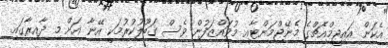
އެކަން އައިޖީމްއެޗްގެ މެނޭޖްމަންޓާއި މުވައްޒަފުން ވެސް ގަބޫލުކުރުމަކީ އޭނާ އަށް މި ދާއިރާގައި